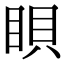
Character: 𥆘